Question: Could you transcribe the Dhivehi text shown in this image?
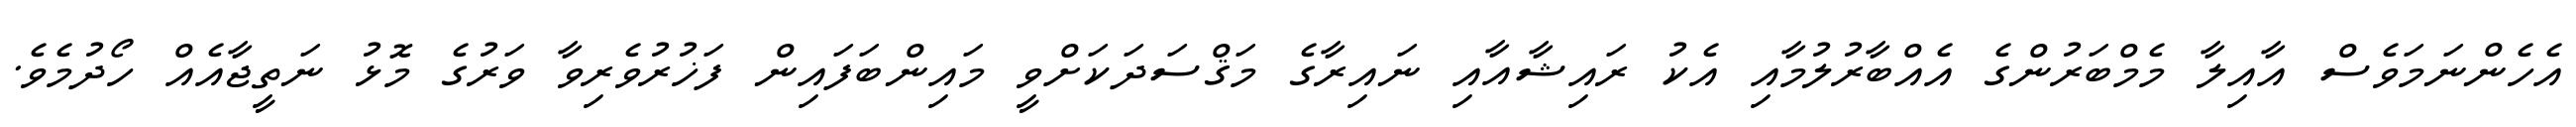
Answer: އެހެންނަމަވެސް އާއިލާ މެމްބަރުންގެ އެއްބާރުލުމާއި އެކު ރައިޝާއާއި ނައިރާގެ މަޤްސަދަކަށްވީ މައިންބަފައިން ފަޚުރުވެރިވާ ވަރުގެ މޮޅު ނަތީޖާއެއް ހޯދުމެވެ.